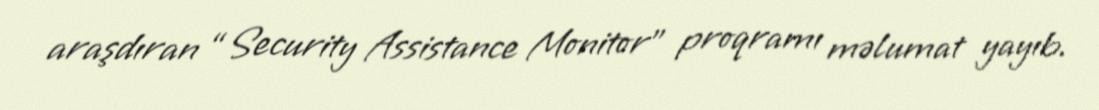
araşdıran “Security Assistance Monitor” proqramı məlumat yayıb.